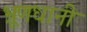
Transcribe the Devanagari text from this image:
भ्रूणधानी